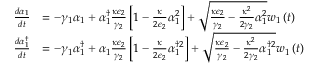
\begin{array} { r l } { \frac { d \alpha _ { 1 } } { d t } } & { = - \gamma _ { 1 } \alpha _ { 1 } + \alpha _ { 1 } ^ { \dagger } \frac { \kappa \epsilon _ { 2 } } { \gamma _ { 2 } } \left[ 1 - \frac { \kappa } { 2 \epsilon _ { 2 } } \alpha _ { 1 } ^ { 2 } \right] + \sqrt { \frac { \kappa \epsilon _ { 2 } } { \gamma _ { 2 } } - \frac { \kappa ^ { 2 } } { 2 \gamma _ { 2 } } \alpha _ { 1 } ^ { 2 } } w _ { 1 } \left( t \right) } \\ { \frac { d \alpha _ { 1 } ^ { \dagger } } { d t } } & { = - \gamma _ { 1 } \alpha _ { 1 } ^ { \dagger } + \alpha _ { 1 } \frac { \kappa \epsilon _ { 2 } } { \gamma _ { 2 } } \left[ 1 - \frac { \kappa } { 2 \epsilon _ { 2 } } \alpha _ { 1 } ^ { \dagger 2 } \right] + \sqrt { \frac { \kappa \epsilon _ { 2 } } { \gamma _ { 2 } } - \frac { \kappa ^ { 2 } } { 2 \gamma _ { 2 } } \alpha _ { 1 } ^ { \dagger 2 } } w _ { 1 } \left( t \right) } \end{array}